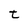
Character: t